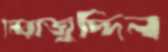
মেরাজুদ্দিন